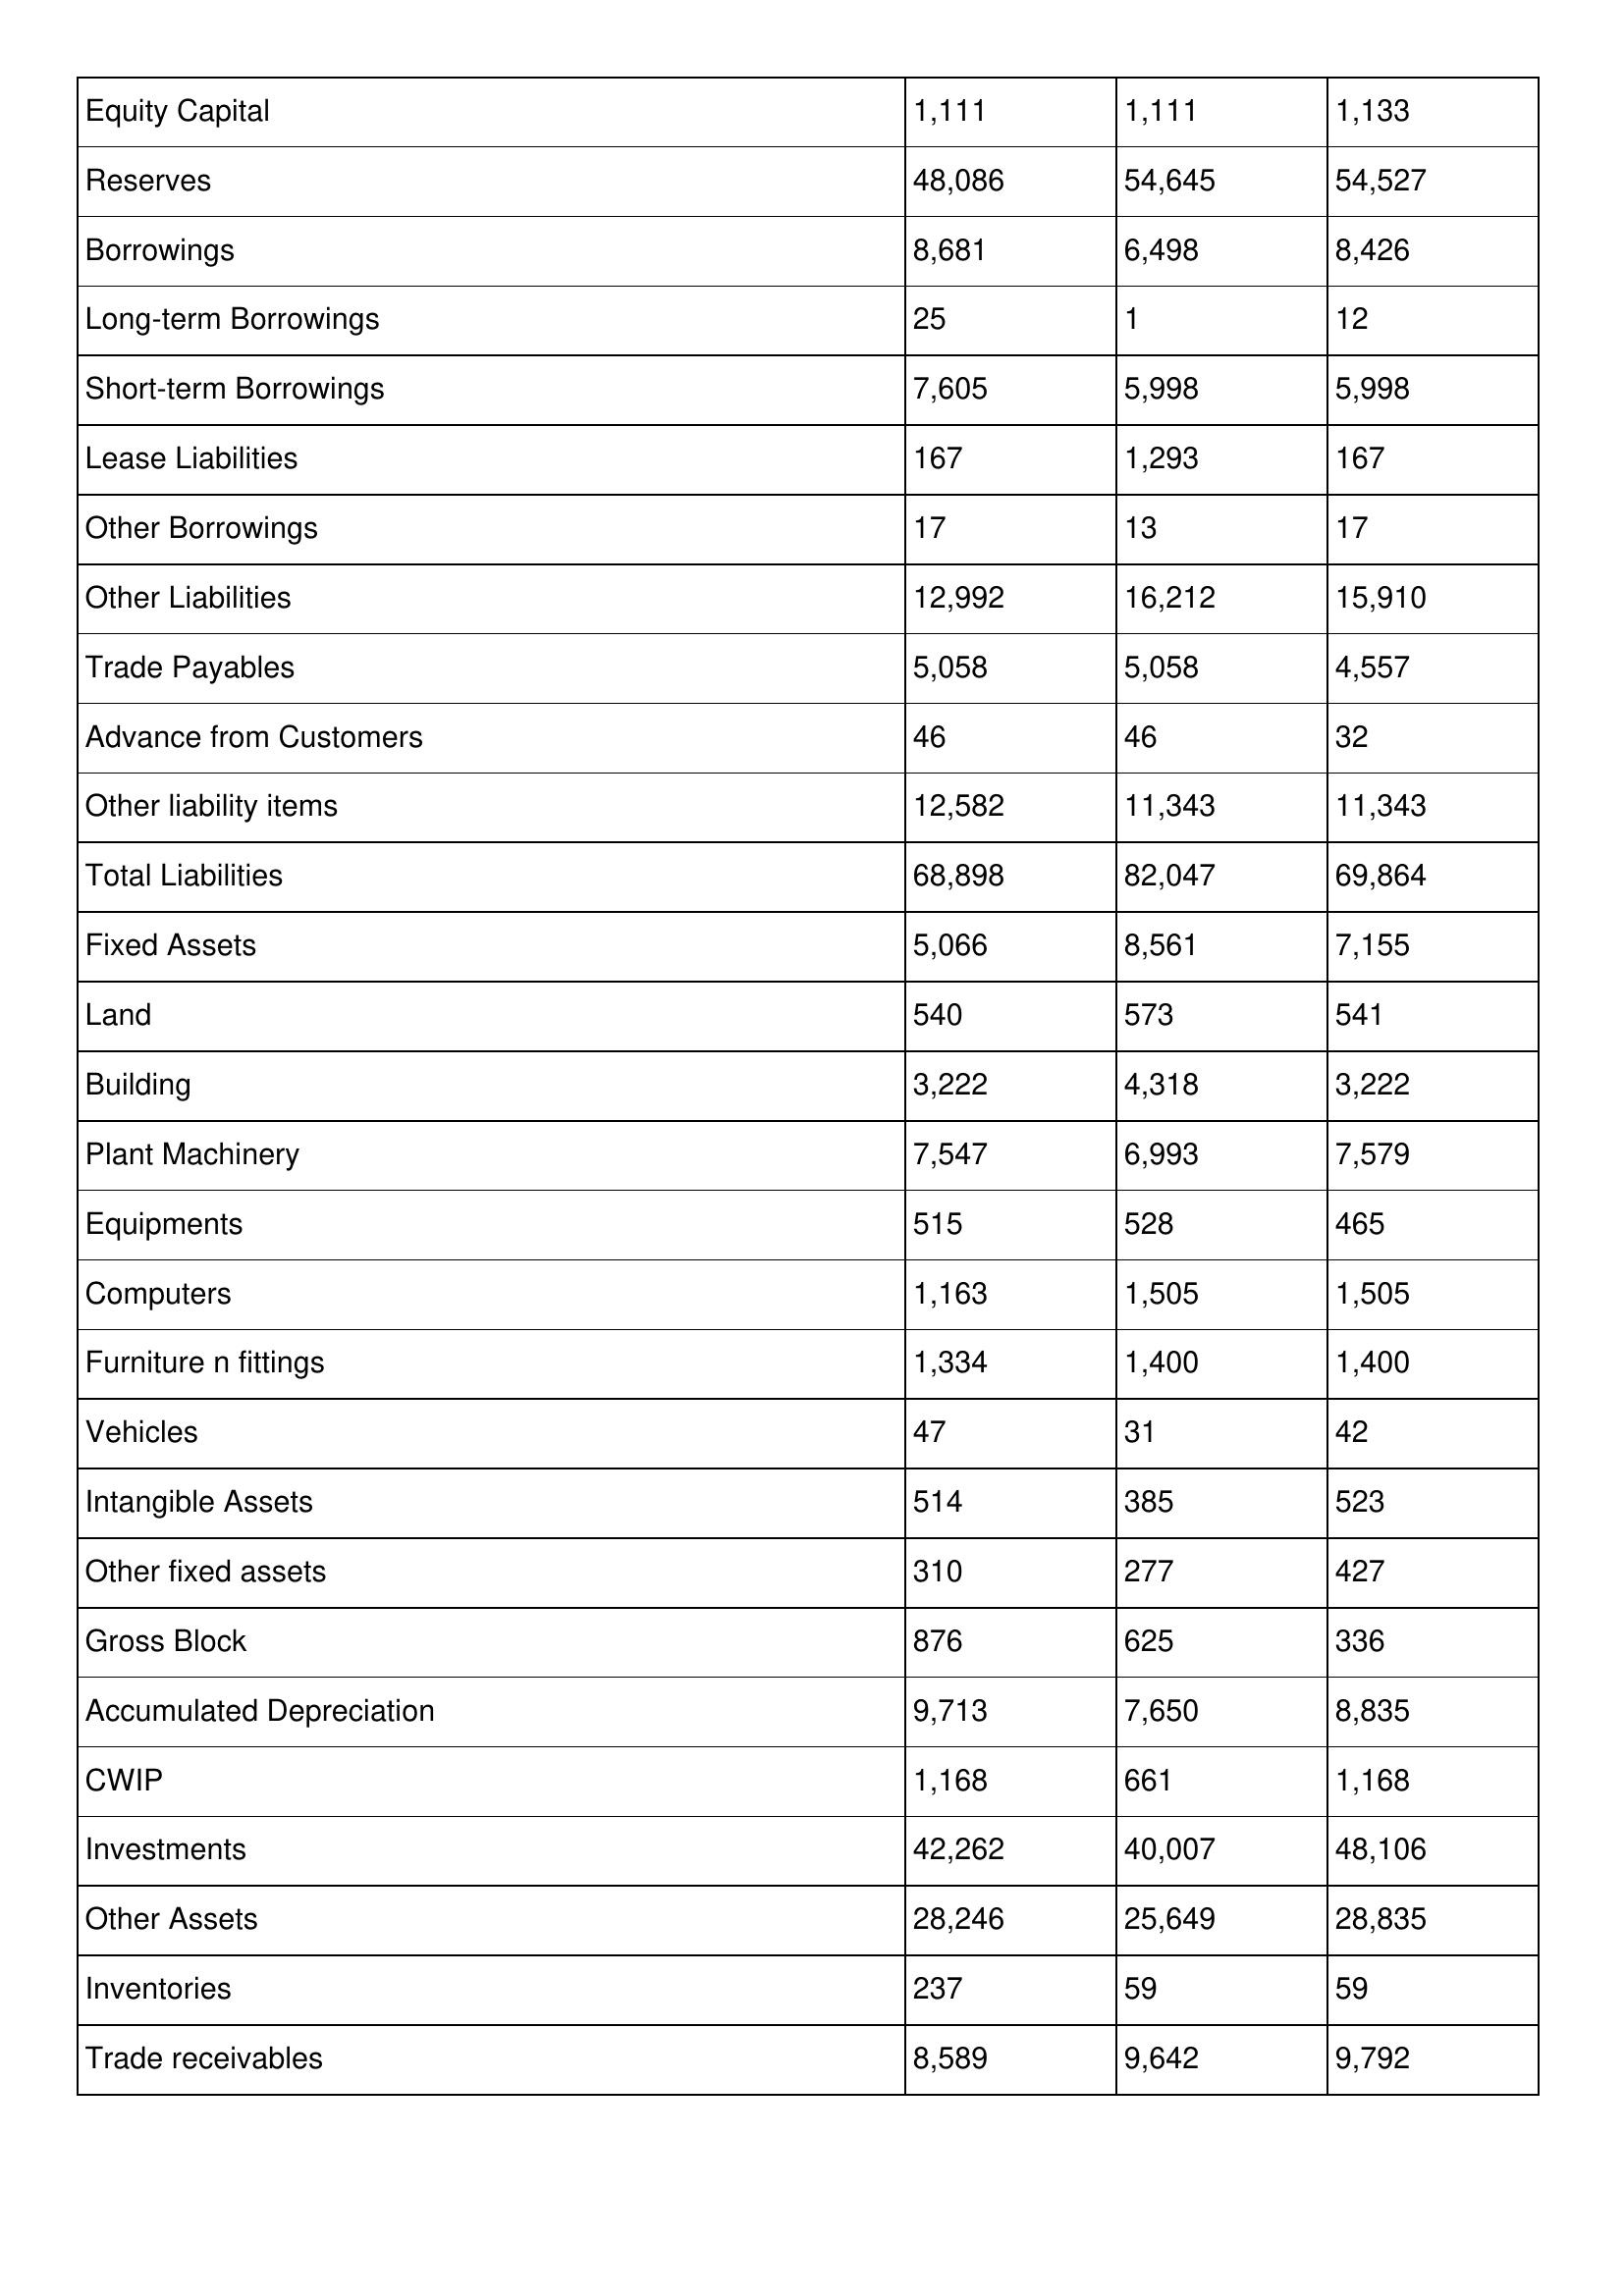
gt_parse: 2018: Balance Sheet: Equity Capital: 1,111
Reserves: 48,086
Borrowings: 8,681
Long-term Borrowings: 25
Short-term Borrowings: 7,605
Lease Liabilities: 167
Other Borrowings: 17
Other Liabilities: 12,992
Trade Payables: 5,058
Advance from Customers: 46
Other liability items: 12,582
Total Liabilities: 68,898
Fixed Assets: 5,066
Land: 540
Building: 3,222
Plant Machinery: 7,547
Equipments: 515
Computers: 1,163
Furniture n fittings: 1,334
Vehicles: 47
Intangible Assets: 514
Other fixed assets: 310
Gross Block: 876
Accumulated Depreciation: 9,713
CWIP: 1,168
Investments: 42,262
Other Assets: 28,246
Inventories: 237
Trade receivables: 8,589
2017: Balance Sheet: Equity Capital: 1,111
Reserves: 54,645
Borrowings: 6,498
Long-term Borrowings: 1
Short-term Borrowings: 5,998
Lease Liabilities: 1,293
Other Borrowings: 13
Other Liabilities: 16,212
Trade Payables: 5,058
Advance from Customers: 46
Other liability items: 11,343
Total Liabilities: 82,047
Fixed Assets: 8,561
Land: 573
Building: 4,318
Plant Machinery: 6,993
Equipments: 528
Computers: 1,505
Furniture n fittings: 1,400
Vehicles: 31
Intangible Assets: 385
Other fixed assets: 277
Gross Block: 625
Accumulated Depreciation: 7,650
CWIP: 661
Investments: 40,007
Other Assets: 25,649
Inventories: 59
Trade receivables: 9,642
2016: Balance Sheet: Equity Capital: 1,133
Reserves: 54,527
Borrowings: 8,426
Long-term Borrowings: 12
Short-term Borrowings: 5,998
Lease Liabilities: 167
Other Borrowings: 17
Other Liabilities: 15,910
Trade Payables: 4,557
Advance from Customers: 32
Other liability items: 11,343
Total Liabilities: 69,864
Fixed Assets: 7,155
Land: 541
Building: 3,222
Plant Machinery: 7,579
Equipments: 465
Computers: 1,505
Furniture n fittings: 1,400
Vehicles: 42
Intangible Assets: 523
Other fixed assets: 427
Gross Block: 336
Accumulated Depreciation: 8,835
CWIP: 1,168
Investments: 48,106
Other Assets: 28,835
Inventories: 59
Trade receivables: 9,792